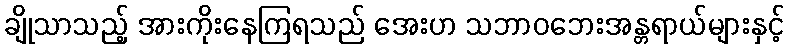
ချိုသာသည့် အားကိုးနေကြရသည် အေးဟ သဘာဝဘေးအန္တရာယ်များနှင့်